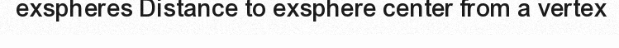
exspheres Distance to exsphere center from a vertex